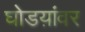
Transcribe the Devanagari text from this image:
घोडय़ांवर